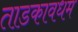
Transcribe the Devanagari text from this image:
ताडकावधम